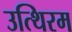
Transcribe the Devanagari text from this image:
उत्थिरम